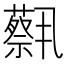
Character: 𫊈